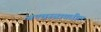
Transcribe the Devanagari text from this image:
अण्वस्त्रामधील